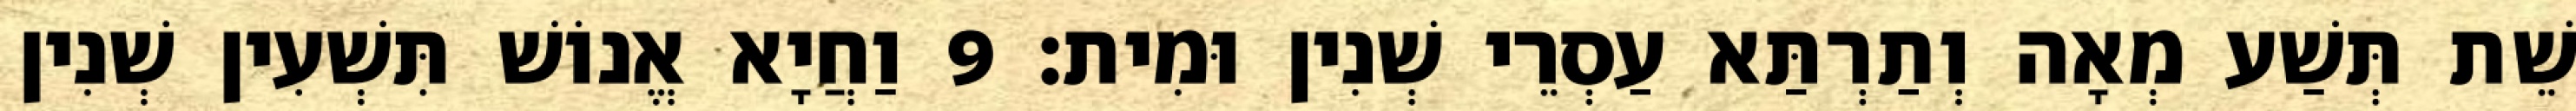
שֵׁת תְּשַׁע מְאָה וְתַרְתַּא עַסְרֵי שְׁנִין וּמִית׃ 9 וַחֲיָא אֱנוֹשׁ תִּשְׁעִין שְׁנִין